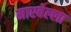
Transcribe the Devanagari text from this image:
मारबेल्ला